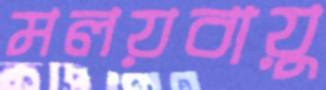
মলয়বায়ু